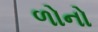
ળોનો